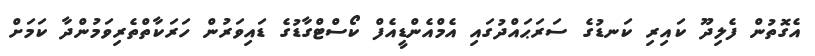
އެގޮތުން ފެލިދޫ ކައިރި ކަނޑުގެ ސަރަޙައްދުގައި އެމްއެންޑީއެފް ކޯސްޓްގާޑުގެ ޑައިވަރުން ހަރަކާތްތެރިވަމުންދާ ކަމަށް